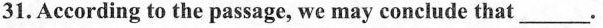
31.According to the passage, we may conclude that___.